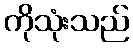
ကိုသုံးသည်